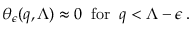
\theta _ { \epsilon } ( q , \Lambda ) \approx 0 \; \; \mathrm { f o r } \; \; q < \Lambda - \epsilon \, .